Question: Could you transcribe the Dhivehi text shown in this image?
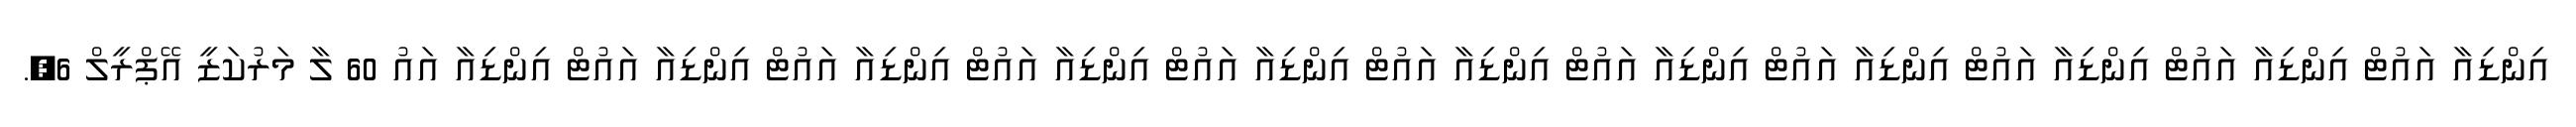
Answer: އިންޑިއާ އައުޓް އިންޑިއާ އައުޓް އިންޑިއާ އައުޓް އިންޑިއާ އައުޓް އިންޑިއާ އައުޓް އިންޑިއާ އައުޓް އިންޑިއާ އައުޓް އިންޑިއާ އައުޓް އިންޑިއާ އައުޓް އިންޑިއާ އައުޓް އިންޑިއާ އައު 60 ލާ މަރުކަޒީ އޭޕްރީލް 6,.